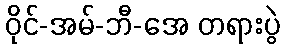
ဝိုင်-အမ်-ဘီ-အေ တရားပွဲ